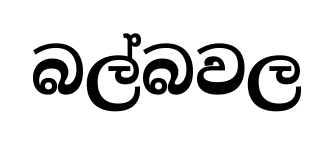
බල්බවල